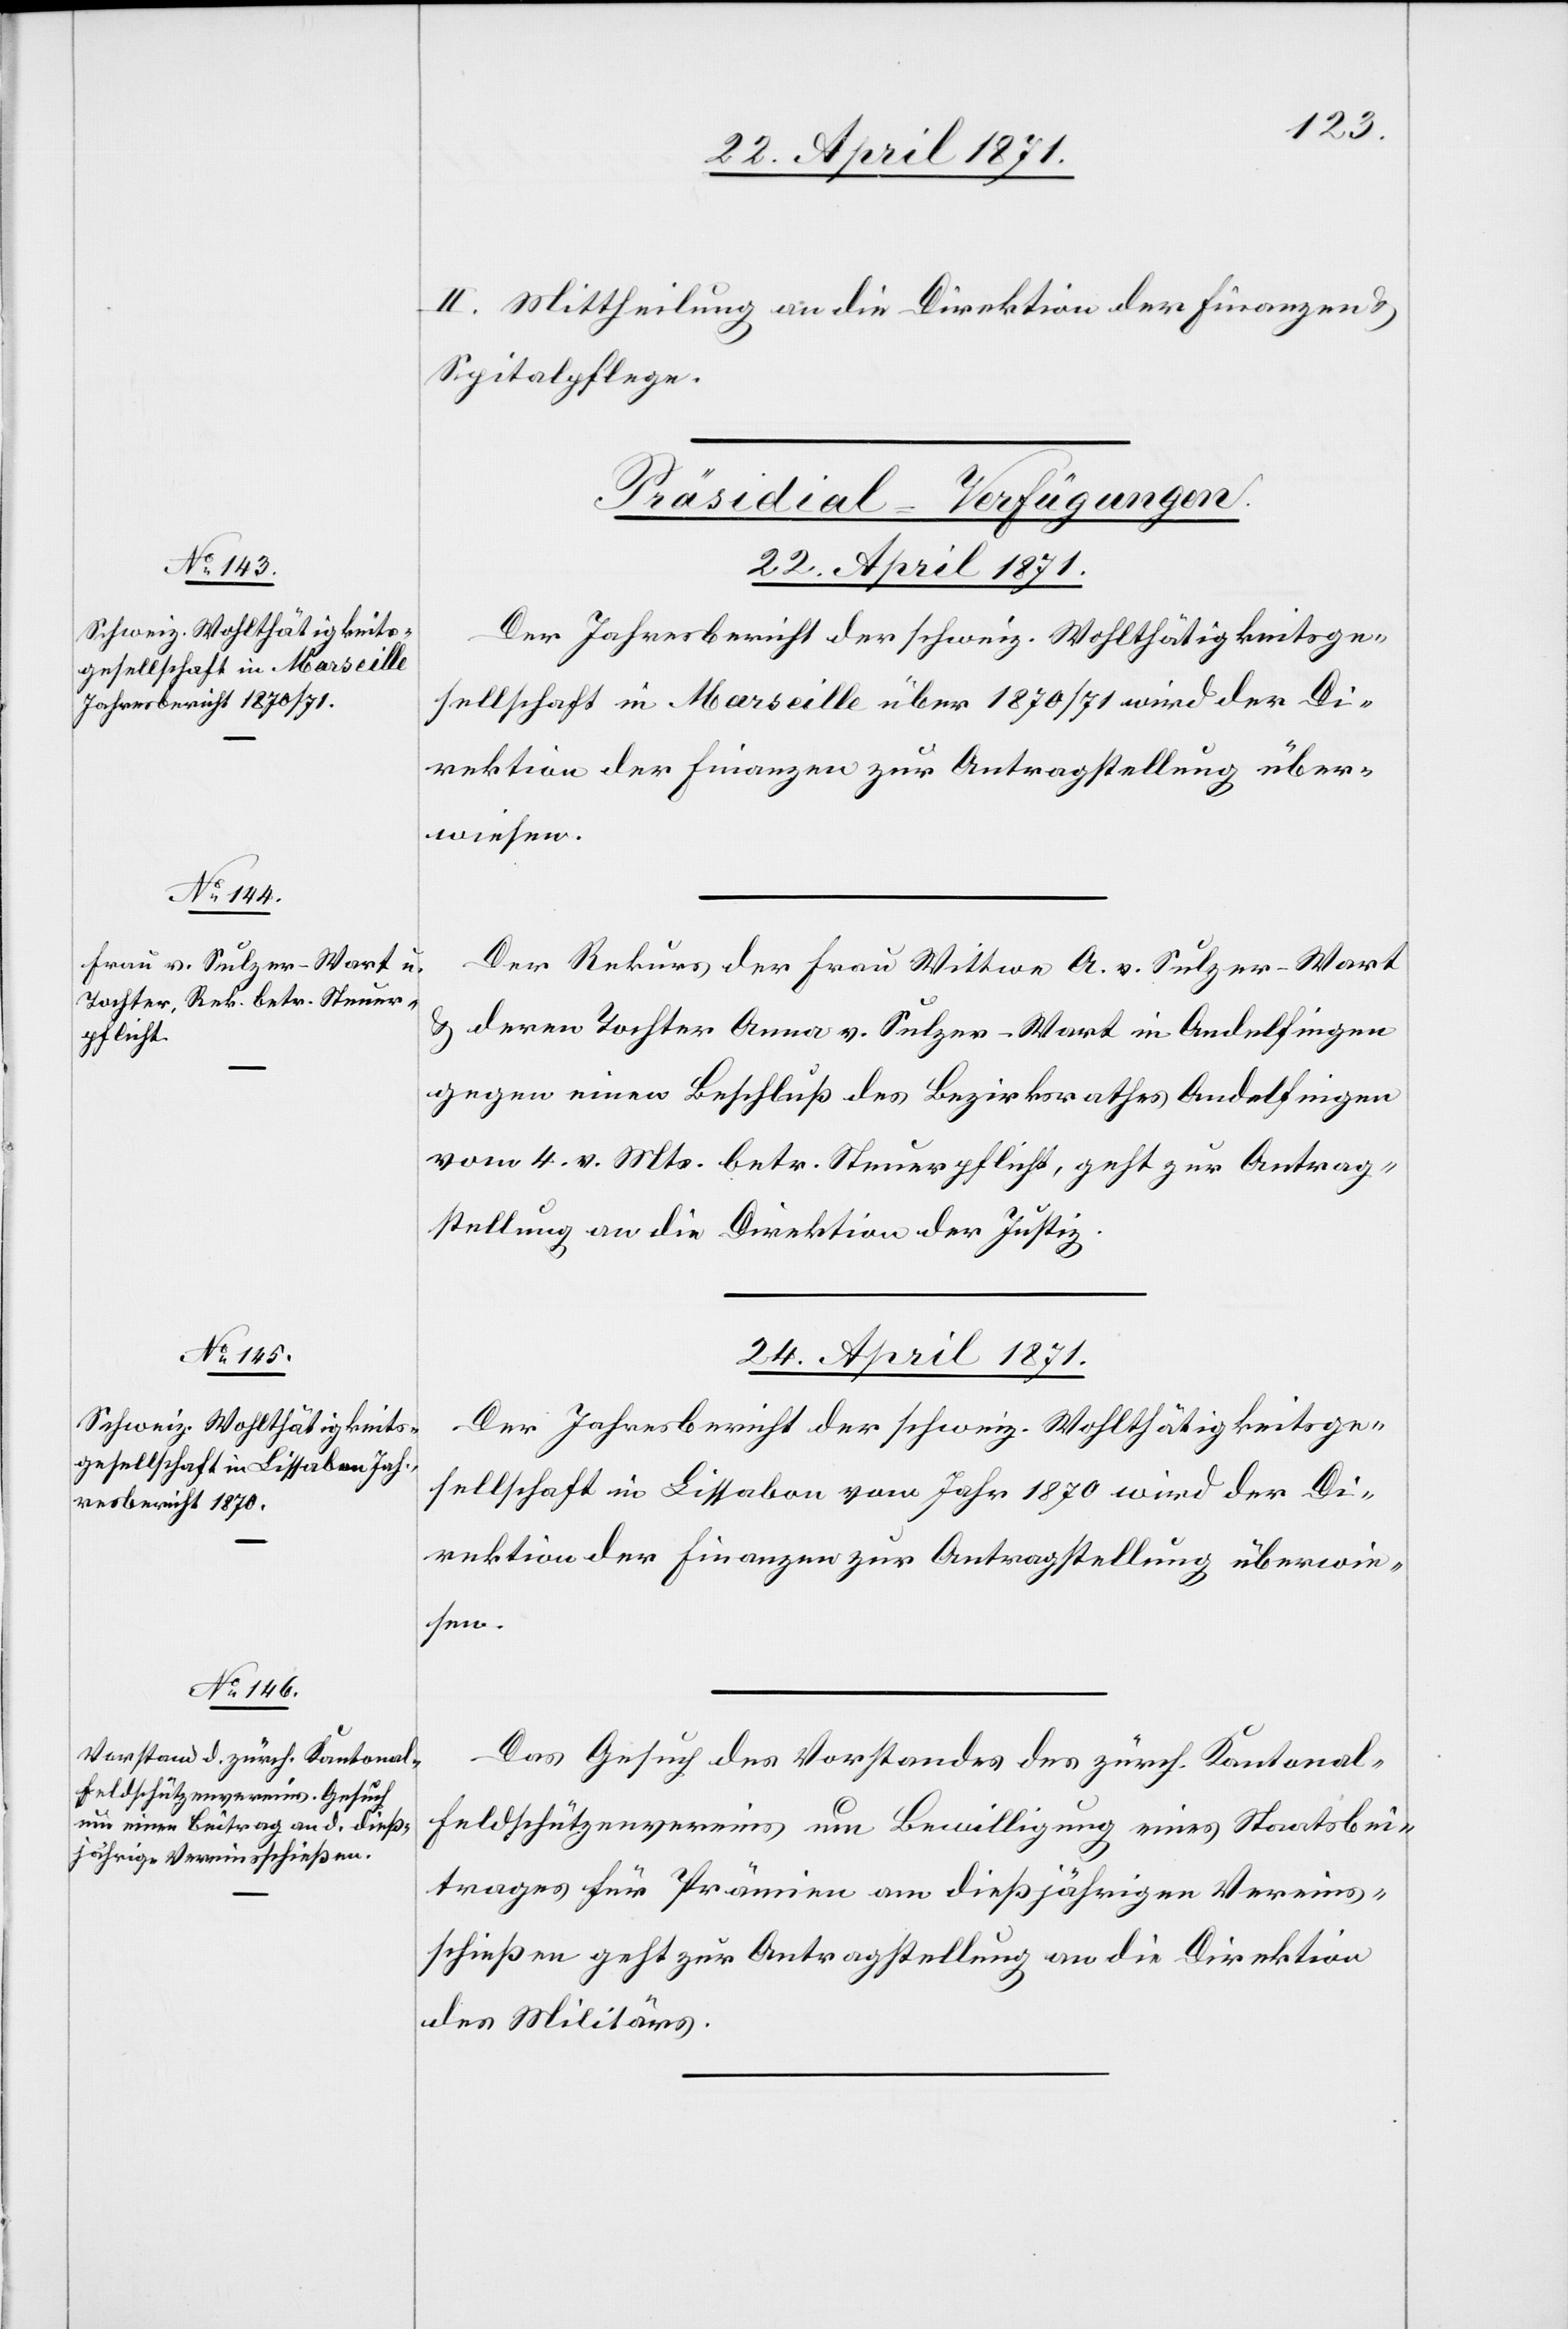
24. April 1871.]
II. Mittheilung an die Direktion der Finanzen u.
Spitalpflege.
[Präsidial-Verfügungen
22. April 1871.
Der Jahresbericht der schweiz. Wohlthätigkeitsge¬
sellschaft in Marseille über 1870/71 wird der Di¬
rektion der Finanzen zur Antragstellung über¬
wiesen.
Der Rekurs der Frau Wittwe A. v. Sulzer-Wart
u. deren Tochter Anna v. Sulzer-Wart in Andelfingen
gegen einen Beschluß des Bezirksrathes Andelfingen
vom 4. v. Mts. betr. Steuerpflicht, geht zur Antrag¬
stellung an die Direktion der Justiz.
24. April 1871.
Der Jahresbericht der schweiz. Wohlthätigkeitsge¬
sellschaft in Lissabon vom Jahr 1870 wird der Di¬
Das Gesuch des Vorstandes des zürch. Kantonal¬
feldschützenvereins um Bewilligung eines Staatsbei¬
trages für Prämien am dießjährigen Vereins¬
schießen geht zur Antragstellung an die Direktion
des Militärs.